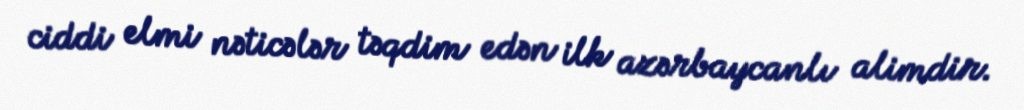
ciddi elmi nəticələr təqdim edən ilk azərbaycanlı alimdir.